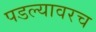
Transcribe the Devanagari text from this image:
पडल्यावरच